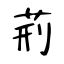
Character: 荊